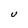
Character: U